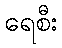
ရေစီး